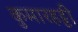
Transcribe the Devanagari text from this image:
कुमारहट्टी